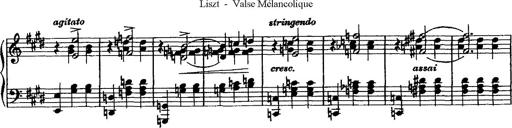
Title: Valse mÃ©lancolique
Composer: Paul Vidal
Key: F-sharp minor